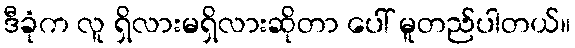
ဒီခုံက လူ ရှိလားမရှိလားဆိုတာ ပေါ် မူတည်ပါတယ်။